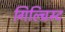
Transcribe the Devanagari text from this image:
गिल्च्रिस्ट